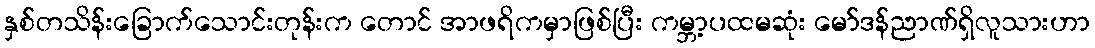
နှစ်တသိန်းခြောက်သောင်းတုန်းက တောင် အာဖရိကမှာဖြစ်ပြီး ကမ္ဘာ့ပထမဆုံး မော်ဒန်ညာဏ်ရှိလူသားဟာ